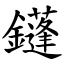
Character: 鑝